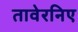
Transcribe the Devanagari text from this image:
तावेरनिए